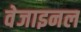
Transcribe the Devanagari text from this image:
वेजाइनल